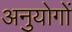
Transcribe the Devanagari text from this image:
अनुयोगों